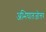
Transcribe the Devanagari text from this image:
अभिघातजोत्तर